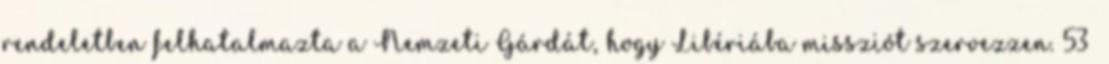
rendeletben felhatalmazta a Nemzeti Gárdát, hogy Libériába missziót szervezzen. 53